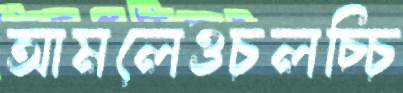
আমলেওচলচ্চি